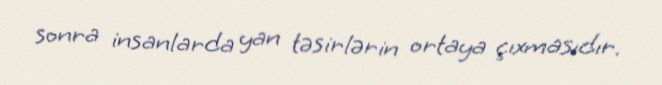
sonra insanlarda yan təsirlərin ortaya çıxmasıdır.